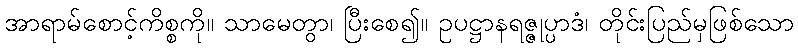
အာရာမ်စောင့်ကိစ္စကို။ သာမေတွာ၊ ပြီးစေ၍။ ဥပဋ္ဌာနရဇ္ဇုပ္ပာဒံ၊ တိုင်းပြည်မှဖြစ်သော